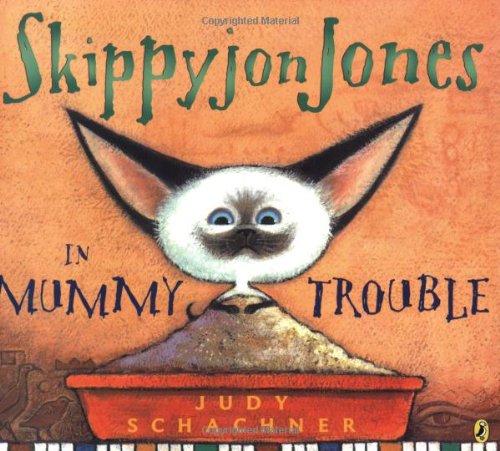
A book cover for Skippyjon Jones in Mummy Trouble; Judy Schachner; Children's Books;